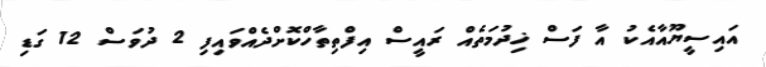
އައިސީޔޫއާއެކު އާ ފަސް ޚިދުމަތެއް ރައީސް އިފްތިތާހްކޮށްދެއްވައިފި 2 ދުވަސް 12 ގަޑި